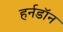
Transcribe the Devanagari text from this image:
हर्नडॉन